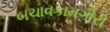
બચાવકામગીરી